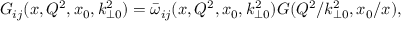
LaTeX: G _ { i j } ( x , Q ^ { 2 } , x _ { 0 } , k _ { \perp 0 } ^ { 2 } ) = \bar { \omega } _ { i j } ( x , Q ^ { 2 } , x _ { 0 } , k _ { \perp 0 } ^ { 2 } ) G ( Q ^ { 2 } / k _ { \perp 0 } ^ { 2 } , x _ { 0 } / x ) ,